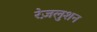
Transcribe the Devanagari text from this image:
रेज़लुशन